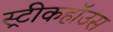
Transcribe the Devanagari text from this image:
स्ट्रीकहॉउस